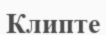
Клипте